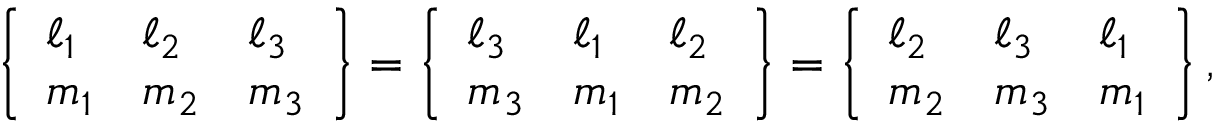
\left\{ \begin{array} { l l l } { \ell _ { 1 } } & { \ell _ { 2 } } & { \ell _ { 3 } } \\ { m _ { 1 } } & { m _ { 2 } } & { m _ { 3 } } \end{array} \right\} = \left\{ \begin{array} { l l l } { \ell _ { 3 } } & { \ell _ { 1 } } & { \ell _ { 2 } } \\ { m _ { 3 } } & { m _ { 1 } } & { m _ { 2 } } \end{array} \right\} = \left\{ \begin{array} { l l l } { \ell _ { 2 } } & { \ell _ { 3 } } & { \ell _ { 1 } } \\ { m _ { 2 } } & { m _ { 3 } } & { m _ { 1 } } \end{array} \right\} ,